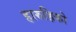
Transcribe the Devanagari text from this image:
हारुहिको